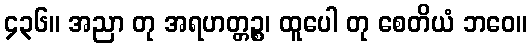
၄၃၆။ အညာ တု အရဟတ္တဉ္စ၊ ထူပေါ တု စေတိယံ ဘဝေ။